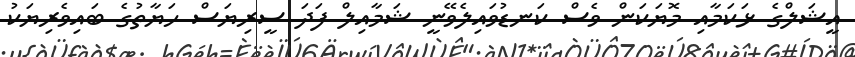
އީޝަލްގެ ޅަކަމާއި މޮޔަކަން ވެސް ކަނޑުވައިލެވޭނީ ޝަމާއިލް ފަދަ ސީރިޔަސް ހަޔާތުގެ ބައިވެރިޔަކު